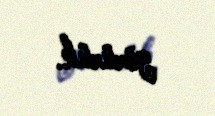
görürük.